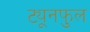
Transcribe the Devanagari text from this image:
ट्यूनफुल